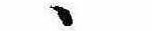
ゝ